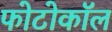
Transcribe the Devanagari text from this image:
फोटोकॉल